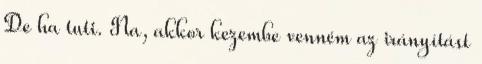
De ha tuti. Na, akkor kezembe venném az irányítást